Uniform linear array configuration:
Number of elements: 4
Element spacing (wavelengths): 0.25
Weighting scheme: blackman
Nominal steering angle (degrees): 60
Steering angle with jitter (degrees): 58.991
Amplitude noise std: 0.05
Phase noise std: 0.05

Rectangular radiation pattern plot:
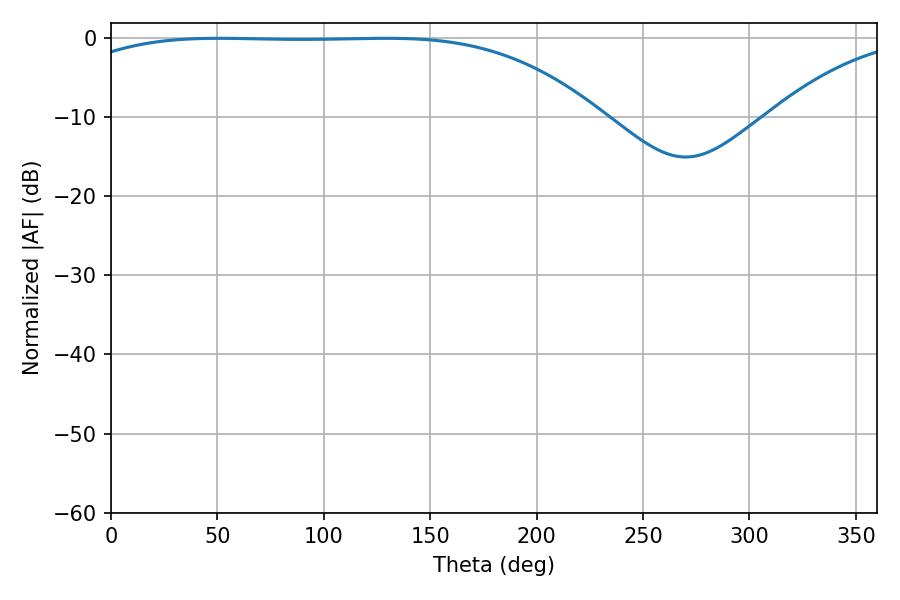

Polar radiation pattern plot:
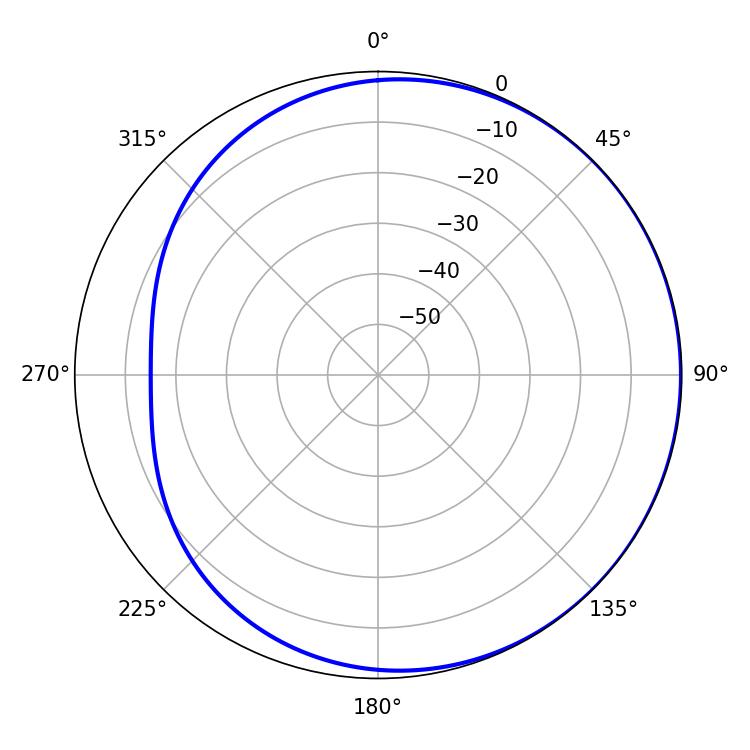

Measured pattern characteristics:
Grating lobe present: FALSE
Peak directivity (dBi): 0.7854
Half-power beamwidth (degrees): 192.96
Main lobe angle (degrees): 50.76